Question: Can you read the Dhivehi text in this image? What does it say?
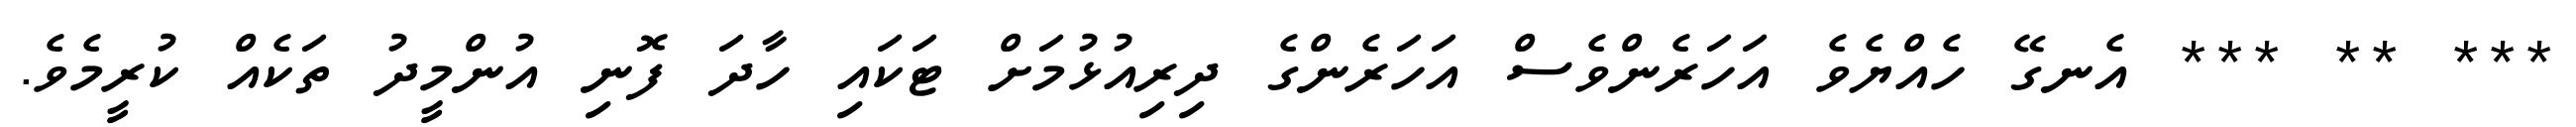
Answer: *** ** *** އެނގޭ ހެއްޔެވެ އަހަރެންވެސް އަހަރެންގެ ދިރިއުޅުމަށް ޓަކައި ހާދަ ފޮނި އުންމީދު ތަކެއް ކުރީމެވެ.